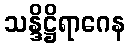
သန္ဒိဋ္ဌိရာဂေန